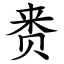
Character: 赉